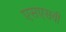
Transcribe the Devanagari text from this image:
एसएसवी